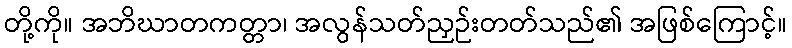
တို့ကို။ အဘိဃာတကတ္တာ၊ အလွန်သတ်ညှဉ်းတတ်သည်၏ အဖြစ်ကြောင့်။